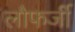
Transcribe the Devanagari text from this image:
लौफर्जी